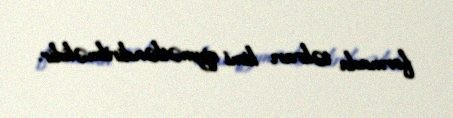
formada təkrarı kimi qiymətləndirilməlidir.